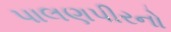
પાલણપીરનો